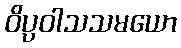
ဝိပ္ပဝါသသမယော